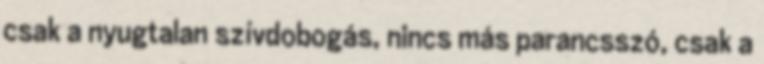
csak a nyugtalan szívdobogás, nincs más parancsszó, csak a